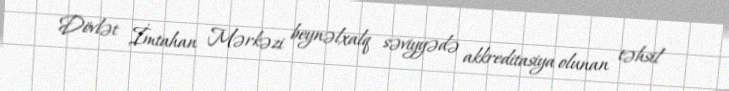
Dövlət İmtahan Mərkəzi beynəlxalq səviyyədə akkreditasiya olunan təhsil